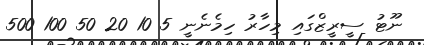
ނޫޓު ސީރީޒްގައި މިހާރު ހިމެނެނީ 5 10 20 50 100 500